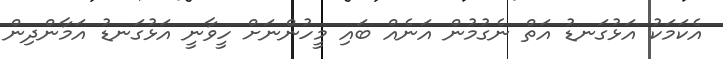
އެކަމަކު އަޅުގަނޑު އަތް ނެގުމުން އަނެއް ބައި މީހުންނަށް ހީވާނީ އަޅުގަނޑު އަމާންދިން